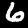
Digit: 6